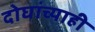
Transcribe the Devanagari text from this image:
दोघांच्‍याही